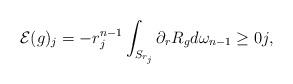
LaTeX: \begin{align*}\mathcal{E}(g)_j= -r_j^{n-1}\int_{S_{r_j}}\partial_rR_g d\omega_{n-1}\geq 0 j,\end{align*}